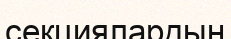
секциялардың